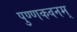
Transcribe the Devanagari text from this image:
पुण्णकवनम्